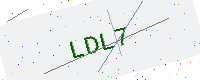
Text: LDL7